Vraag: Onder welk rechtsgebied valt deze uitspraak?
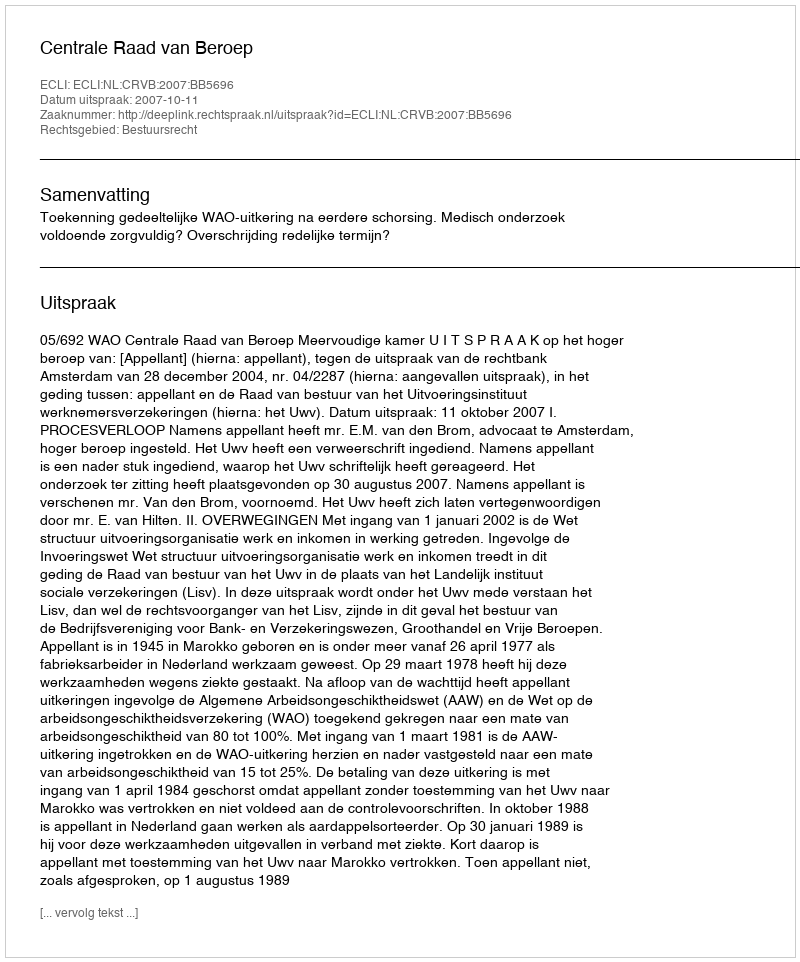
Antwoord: Bestuursrecht